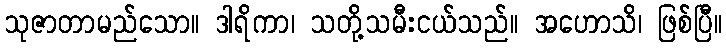
သုဇာတာမည်သော။ ဒါရိကာ၊ သတို့သမီးငယ်သည်။ အဟောသိ၊ ဖြစ်ပြီ။